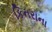
કિનરાના